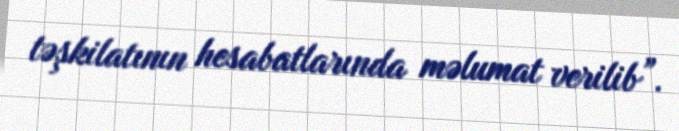
təşkilatının hesabatlarında məlumat verilib”.